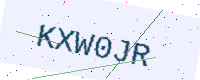
Text: KXW0JR